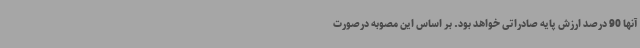
آنها 90 درصد ارزش پایه صادراتی خواهد بود. بر اساس این مصوبه درصورت